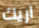
اريك